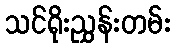
သင်ရိုးညွှန်းတမ်း